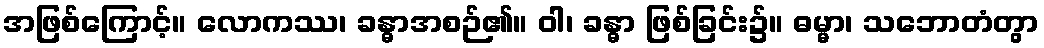
အဖြစ်ကြောင့်။ လောကဿ၊ ခန္ဓာအစဉ်၏။ ဝါ၊ ခန္ဓာ ဖြစ်ခြင်း၌။ ဓမ္မာ၊ သဘောတံတွာ